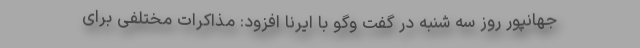
جهانپور روز سه شنبه در گفت وگو با ایرنا افزود: مذاکرات مختلفی برای